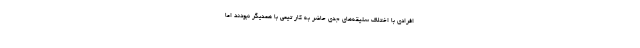
افرادی با اختلاف سلیقه‌های جدی حاضر به کار تیمی با همدیگر نبودند اما